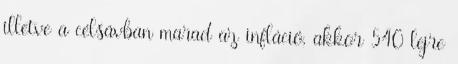
illetve a célsávban marad az infláció, akkor 540 lejre